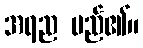
အရည မည်၏။